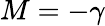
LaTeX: M=-\gamma